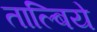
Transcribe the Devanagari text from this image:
ताल्बिये